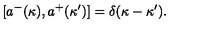
[ a ^ { - } ( \kappa ) , a ^ { + } ( \kappa ^ { \prime } ) ] = \delta ( \kappa - \kappa ^ { \prime } ) .